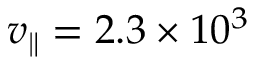
v _ { \parallel } = 2 . 3 \times 1 0 ^ { 3 }